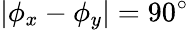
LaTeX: |\phi_{x}-\phi_{y}|=90^{\circ}